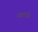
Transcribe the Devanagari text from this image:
भलाई।